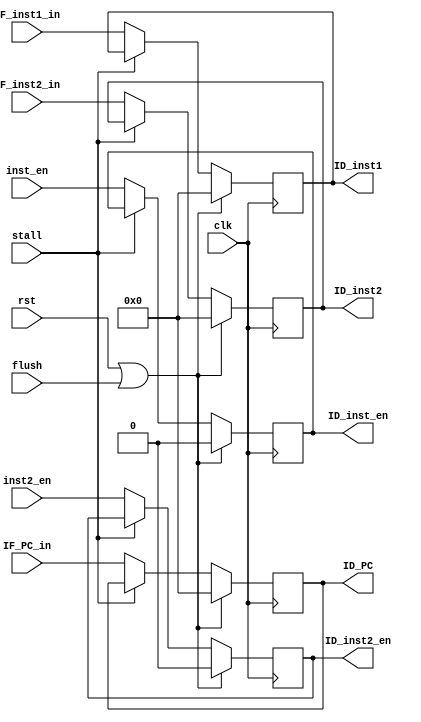
// 2016.06.15
// Project      : SIDE MIPS
//(Single Instruction Issue Dynamic Schedule Out-of-order execution  MIPS Processor)
// Creator(s)   : Yang, Yu-Xiang (M10412034@yuntech.edu.tw)
// 
//
//
//  Description: 
//  
//

module IF_ID(
input clk,rst,
input inst_en,
input inst2_en,
input stall,
input flush,
input [31:0]IF_inst1_in,
input [31:0]IF_inst2_in,

input [31:0]IF_PC_in,
output reg ID_inst_en,
output reg ID_inst2_en,
output reg[31:0]ID_PC,
output reg[31:0]ID_inst1,
output reg[31:0]ID_inst2
);

always@(posedge clk)begin
	if(rst|flush)begin
		ID_PC      <=32'd0;
		ID_inst1   <=32'd0;
		ID_inst2   <=32'd0;
		ID_inst_en <=1'b0;
		ID_inst2_en<=1'b0;
		end
	else if(!stall)begin
		ID_PC      <=IF_PC_in;
		ID_inst1   <=IF_inst1_in;
		ID_inst2   <=IF_inst2_in;
		ID_inst_en <=inst_en;
		ID_inst2_en<=inst2_en;
		end
	end

endmodule